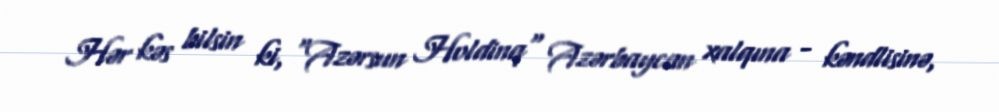
Hər kəs bilsin ki, "Azərsun Holdinq" Azərbaycan xalqına - kəndlisinə,